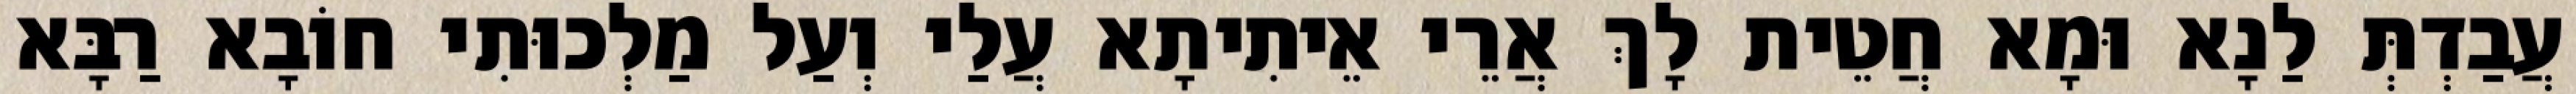
עֲבַדְתְּ לַנָא וּמָא חֲטֵית לָךְ אֲרֵי אֵיתִיתָא עֲלַי וְעַל מַלְכוּתִי חוֹבָא רַבָּא